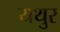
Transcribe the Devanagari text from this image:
यथुर